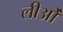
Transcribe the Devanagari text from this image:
लीओं